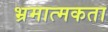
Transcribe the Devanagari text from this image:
भ्रमात्मकता